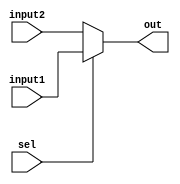
`timescale 1ns / 1ps
//////////////////////////////////////////////////////////////////////////////////
// Company: 
// Engineer: 
// 
// Design Name: 
// Module Name: mux5
// Project Name: 
// Target Devices: 
// Tool Versions: 
// Description: 
// 
// Dependencies: 
// 
// Revision:
// Revision 0.01 - File Created
// Additional Comments:
// 
//////////////////////////////////////////////////////////////////////////////////


module mux5(
    input sel,
    input [4:0] input1,
    input [4:0] input2,
    output [4:0] out
    );
    
    assign out = sel?input1:input2;
endmodule